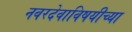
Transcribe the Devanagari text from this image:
नवरदेवाविषयीच्या